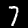
Label: 7